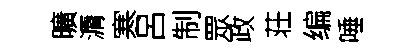
曠漘寒呂制眾政荘编唾